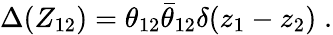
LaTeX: \Delta(Z_{12})=\theta_{12}{\bar{\theta}}_{12}\delta(z_{1}-z_{2})\; .